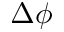
\Delta \phi